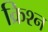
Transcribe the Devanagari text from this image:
क्रिश्न